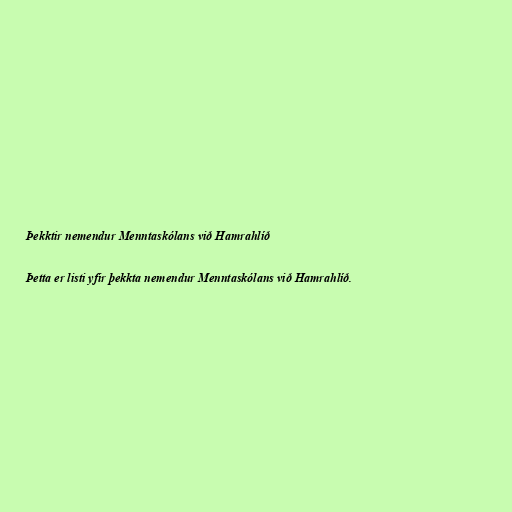
Þekktir nemendur Menntaskólans við Hamrahlíð

Þetta er listi yfir þekkta nemendur Menntaskólans við Hamrahlíð.